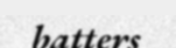
batters